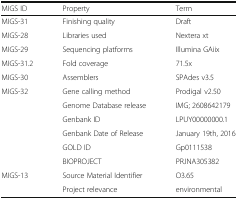
<table><thead><tr><td><b>MIGS ID</b></td><td><b>Property</b></td><td><b>Term</b></td></tr></thead><tbody><tr><td>MIGS-31</td><td>Finishing quality</td><td>Draft</td></tr><tr><td>MIGS-28</td><td>Libraries used</td><td>Nextera xt</td></tr><tr><td>MIGS-29</td><td>Sequencing platforms</td><td>Illumina GAiix</td></tr><tr><td>MIGS-31.2</td><td>Fold coverage</td><td>71.5x</td></tr><tr><td>MIGS-30</td><td>Assemblers</td><td>SPAdes v3.5</td></tr><tr><td rowspan="6">MIGS-32</td><td>Gene calling method</td><td>Prodigal v2.50</td></tr><tr><td>Genome Database release</td><td>IMG; 2608642179</td></tr><tr><td>Genbank ID</td><td>LPUY00000000.1</td></tr><tr><td>Genbank Date of Release</td><td>January 19th, 2016</td></tr><tr><td>GOLD ID</td><td>Gp0111538</td></tr><tr><td>BIOPROJECT</td><td>PRJNA305382</td></tr><tr><td rowspan="2">MIGS-13</td><td>Source Material Identifier</td><td>O3.65</td></tr><tr><td>Project relevance</td><td>environmental</td></tr></tbody></table>